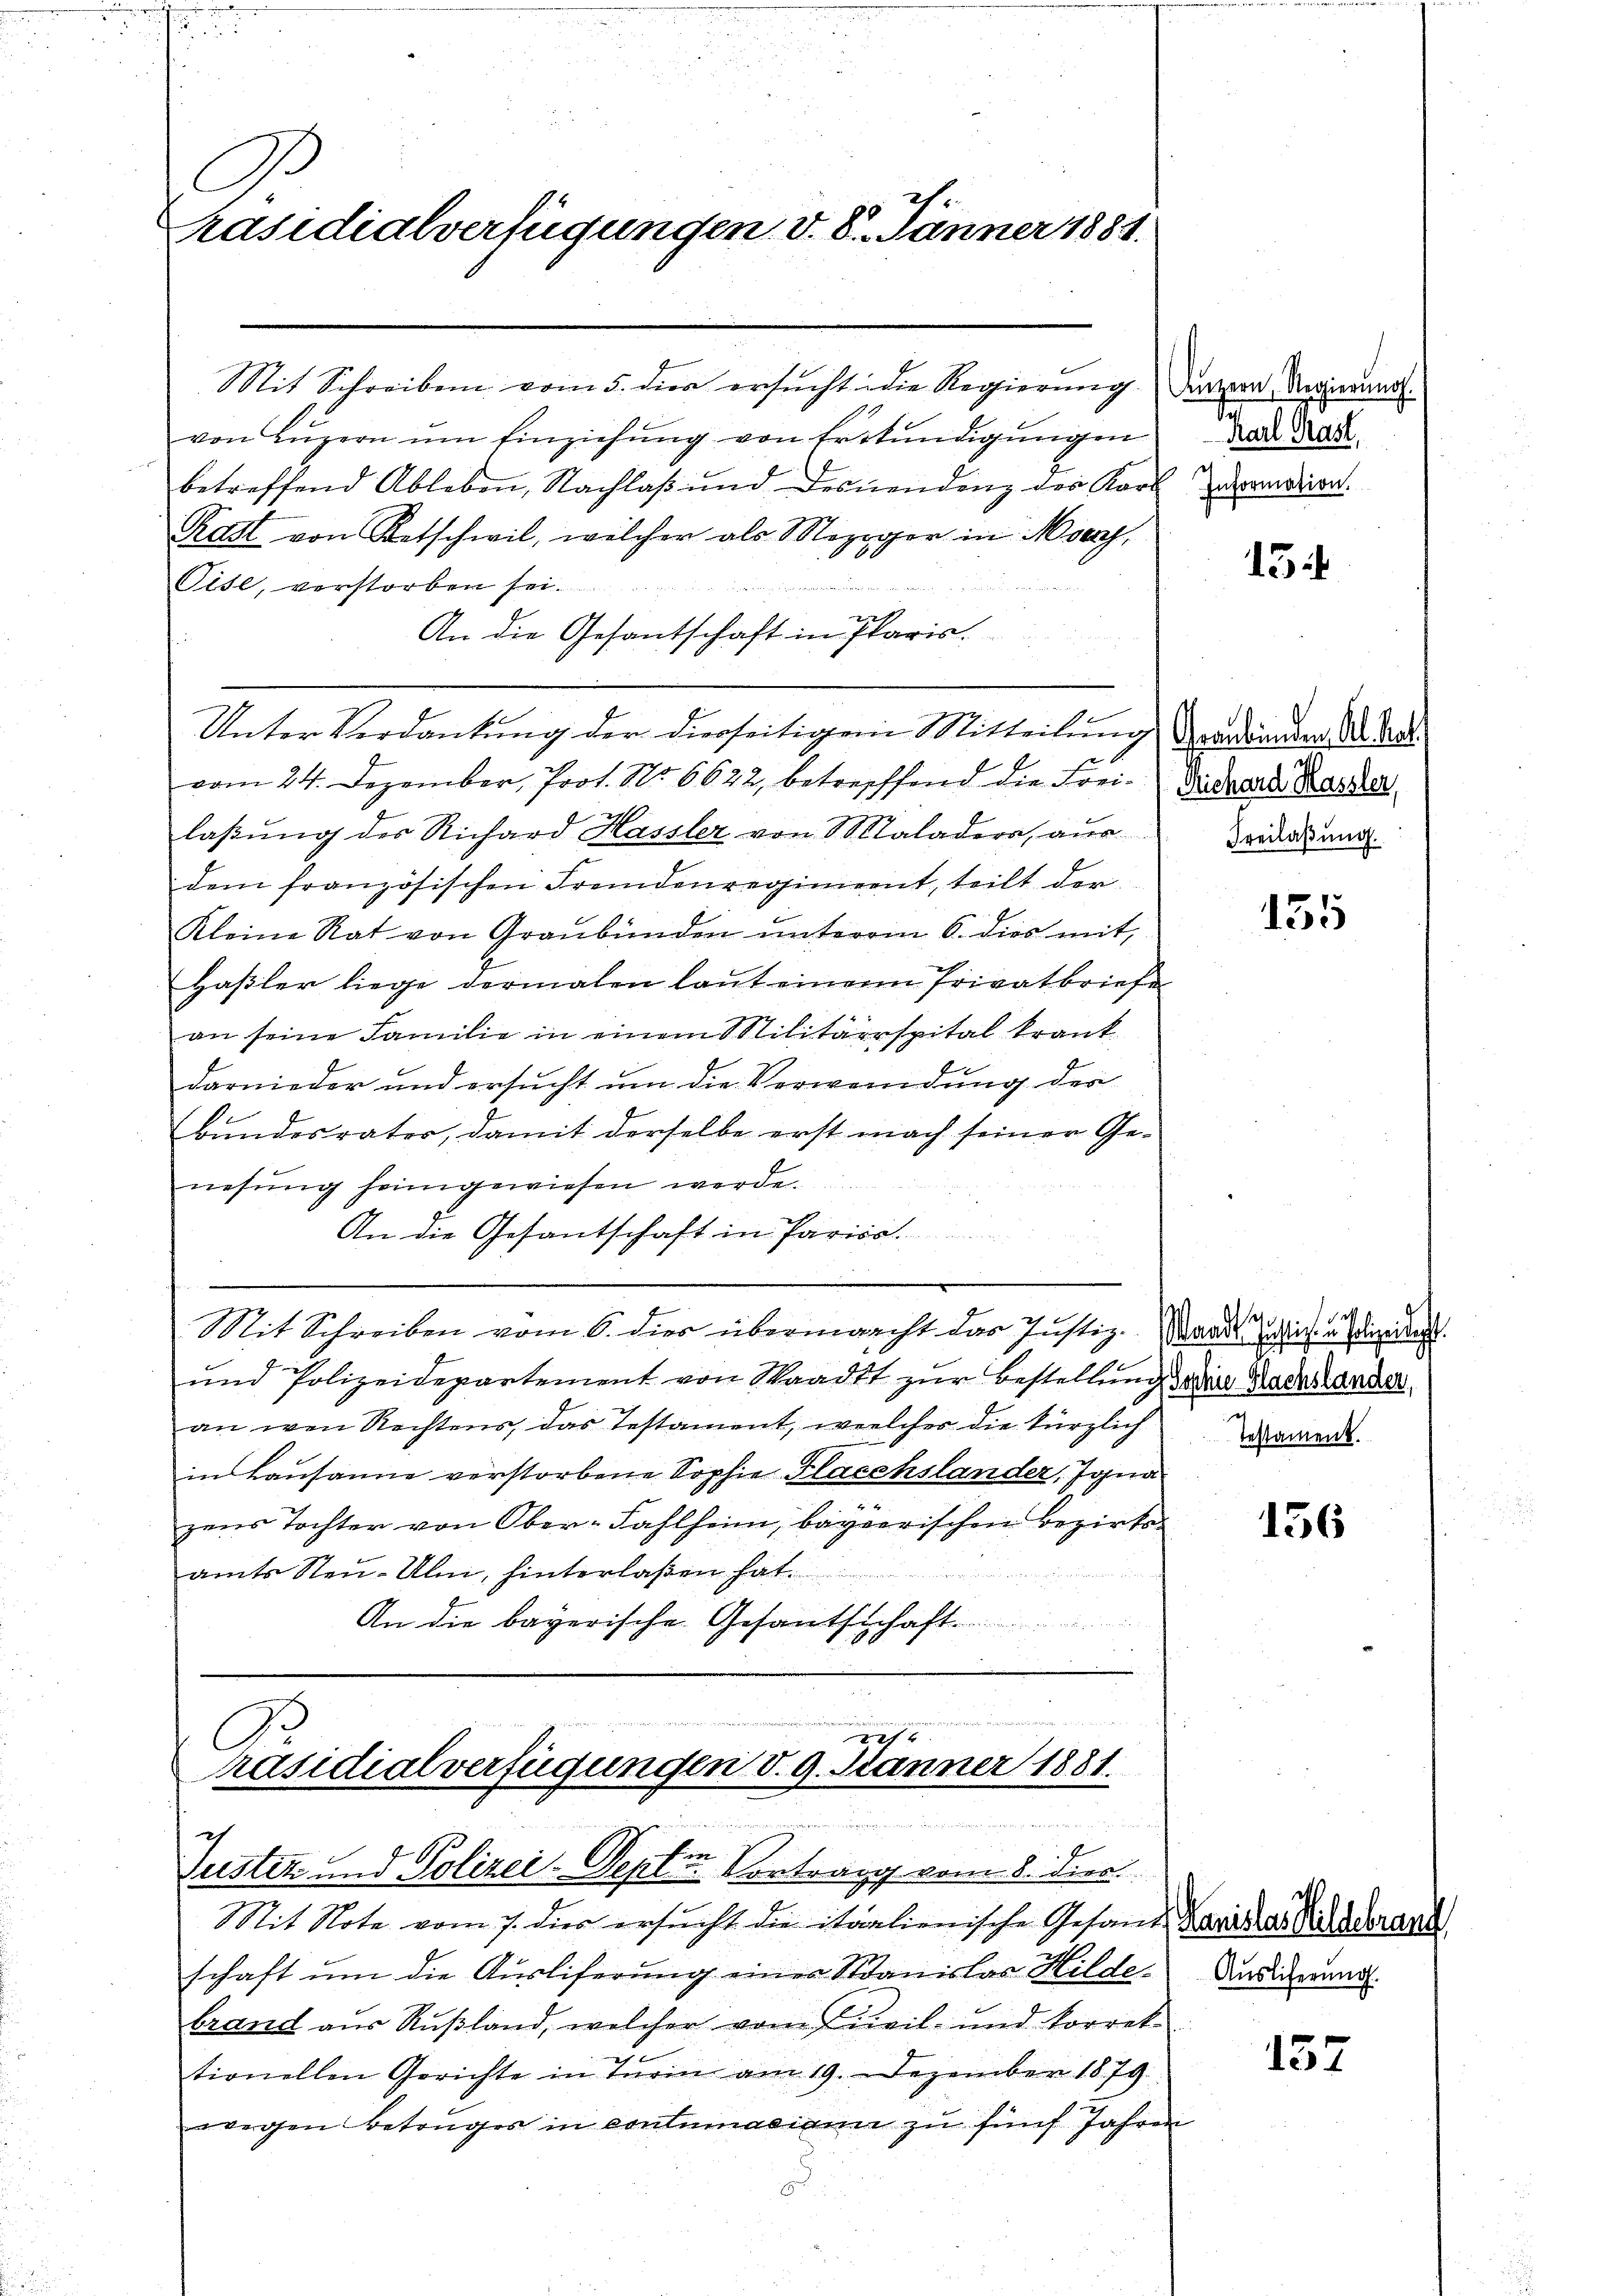
C
Präsidialverfügungen v. 8. Jänner 1881.

Mit Schreiben vom 5. die ersŭcht die Regierung der zwar Regierung.
von Lŭzern ŭm Einziehŭng von Erkŭndigŭngen
betreffend Ableben, Nachlaβ ŭnd desnendenz des Karl
Rast von Retschwil, welcher als Meziger in Morf,
Tise, verstorben sei.
ee 1
An die Gesantschaft in Paris.
i
Unter Verdankung der dierseitigen Mitteilung Verdränden. Dn. Rat
vom 24. Dezember, Prot. No. 6622, betreffend die Frei-Didhard Karda
2
laβŭng der Richard Hassler von Saladera, aus
dem französischen Fremdenregiment, teilt der
Kleine Rat von Graubünden ŭnterm 6. dies mit
Haßler liege dermalen laut einem Privatbriefe
an seine Familie in einem Militärspital krank
darnieder und ersucht um die Verwendung der
Bundesrates, damit derselbe erst nach seiner Ge-
nesung heimgewiesen werde.
An die Gesantschaft in Pariso.
Mit Schreiben vom 6. dies übermacht das Justiz- Wande diese u. die recht.
knung
ŭm Polizeidepartement von Staadt zur Bestellung eine Radestanden
an wen Rechtens, das Testament, welcher die kürzlich Warent.
in Lausanne verstorbene Sophie Flaschslander, Igna
zens Tochter von Ober-Fahlheim, bayerischen Bezirkss
.
amts Steu- Ulm, hinterlaßen hat.
An die bayerische Gesandschaft

Präsidialverfügungen d. 9. Jänner 1881.
 die nach meinderechen Winteren den ver
c
E
justiz- und Polizei-Deptin Vortrag vom 8. dies

Mit Note vom 7. dies ersucht die itaalienische Gesandt Karikas Niederant
schaft ŭm die Ausliferung einer Wanislas Hilde-
brand aus Rußland, welcher vom Civil- und korrek-
tionellen Gerichte in Turin am 19. Dezember 1879.
wegen Betrages in contumaciane zŭ fünf Jahren
8

Karl Prast,
Information.

134

Freilassung.

135

156

Auslieferung.

137